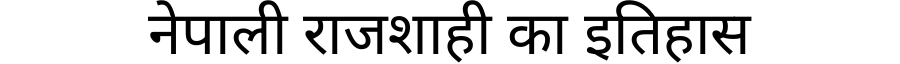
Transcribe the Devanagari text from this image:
नेपाली राजशाही का इतिहास